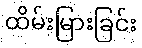
ထိမ်းမြားခြင်း